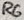
Text: R6